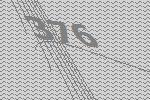
376